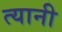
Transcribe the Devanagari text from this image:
त्‍यानी